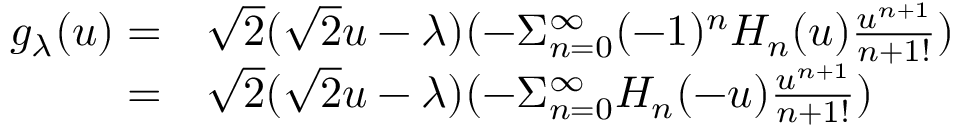
\begin{array} { r l } { g _ { \lambda } ( u ) = } & { \sqrt { 2 } ( \sqrt { 2 } u - \lambda ) ( - \Sigma _ { n = 0 } ^ { \infty } ( - 1 ) ^ { n } H _ { n } ( u ) \frac { u ^ { n + 1 } } { { n + 1 } ! } ) } \\ { = } & { \sqrt { 2 } ( \sqrt { 2 } u - \lambda ) ( - \Sigma _ { n = 0 } ^ { \infty } H _ { n } ( - u ) \frac { u ^ { n + 1 } } { { n + 1 } ! } ) } \end{array}